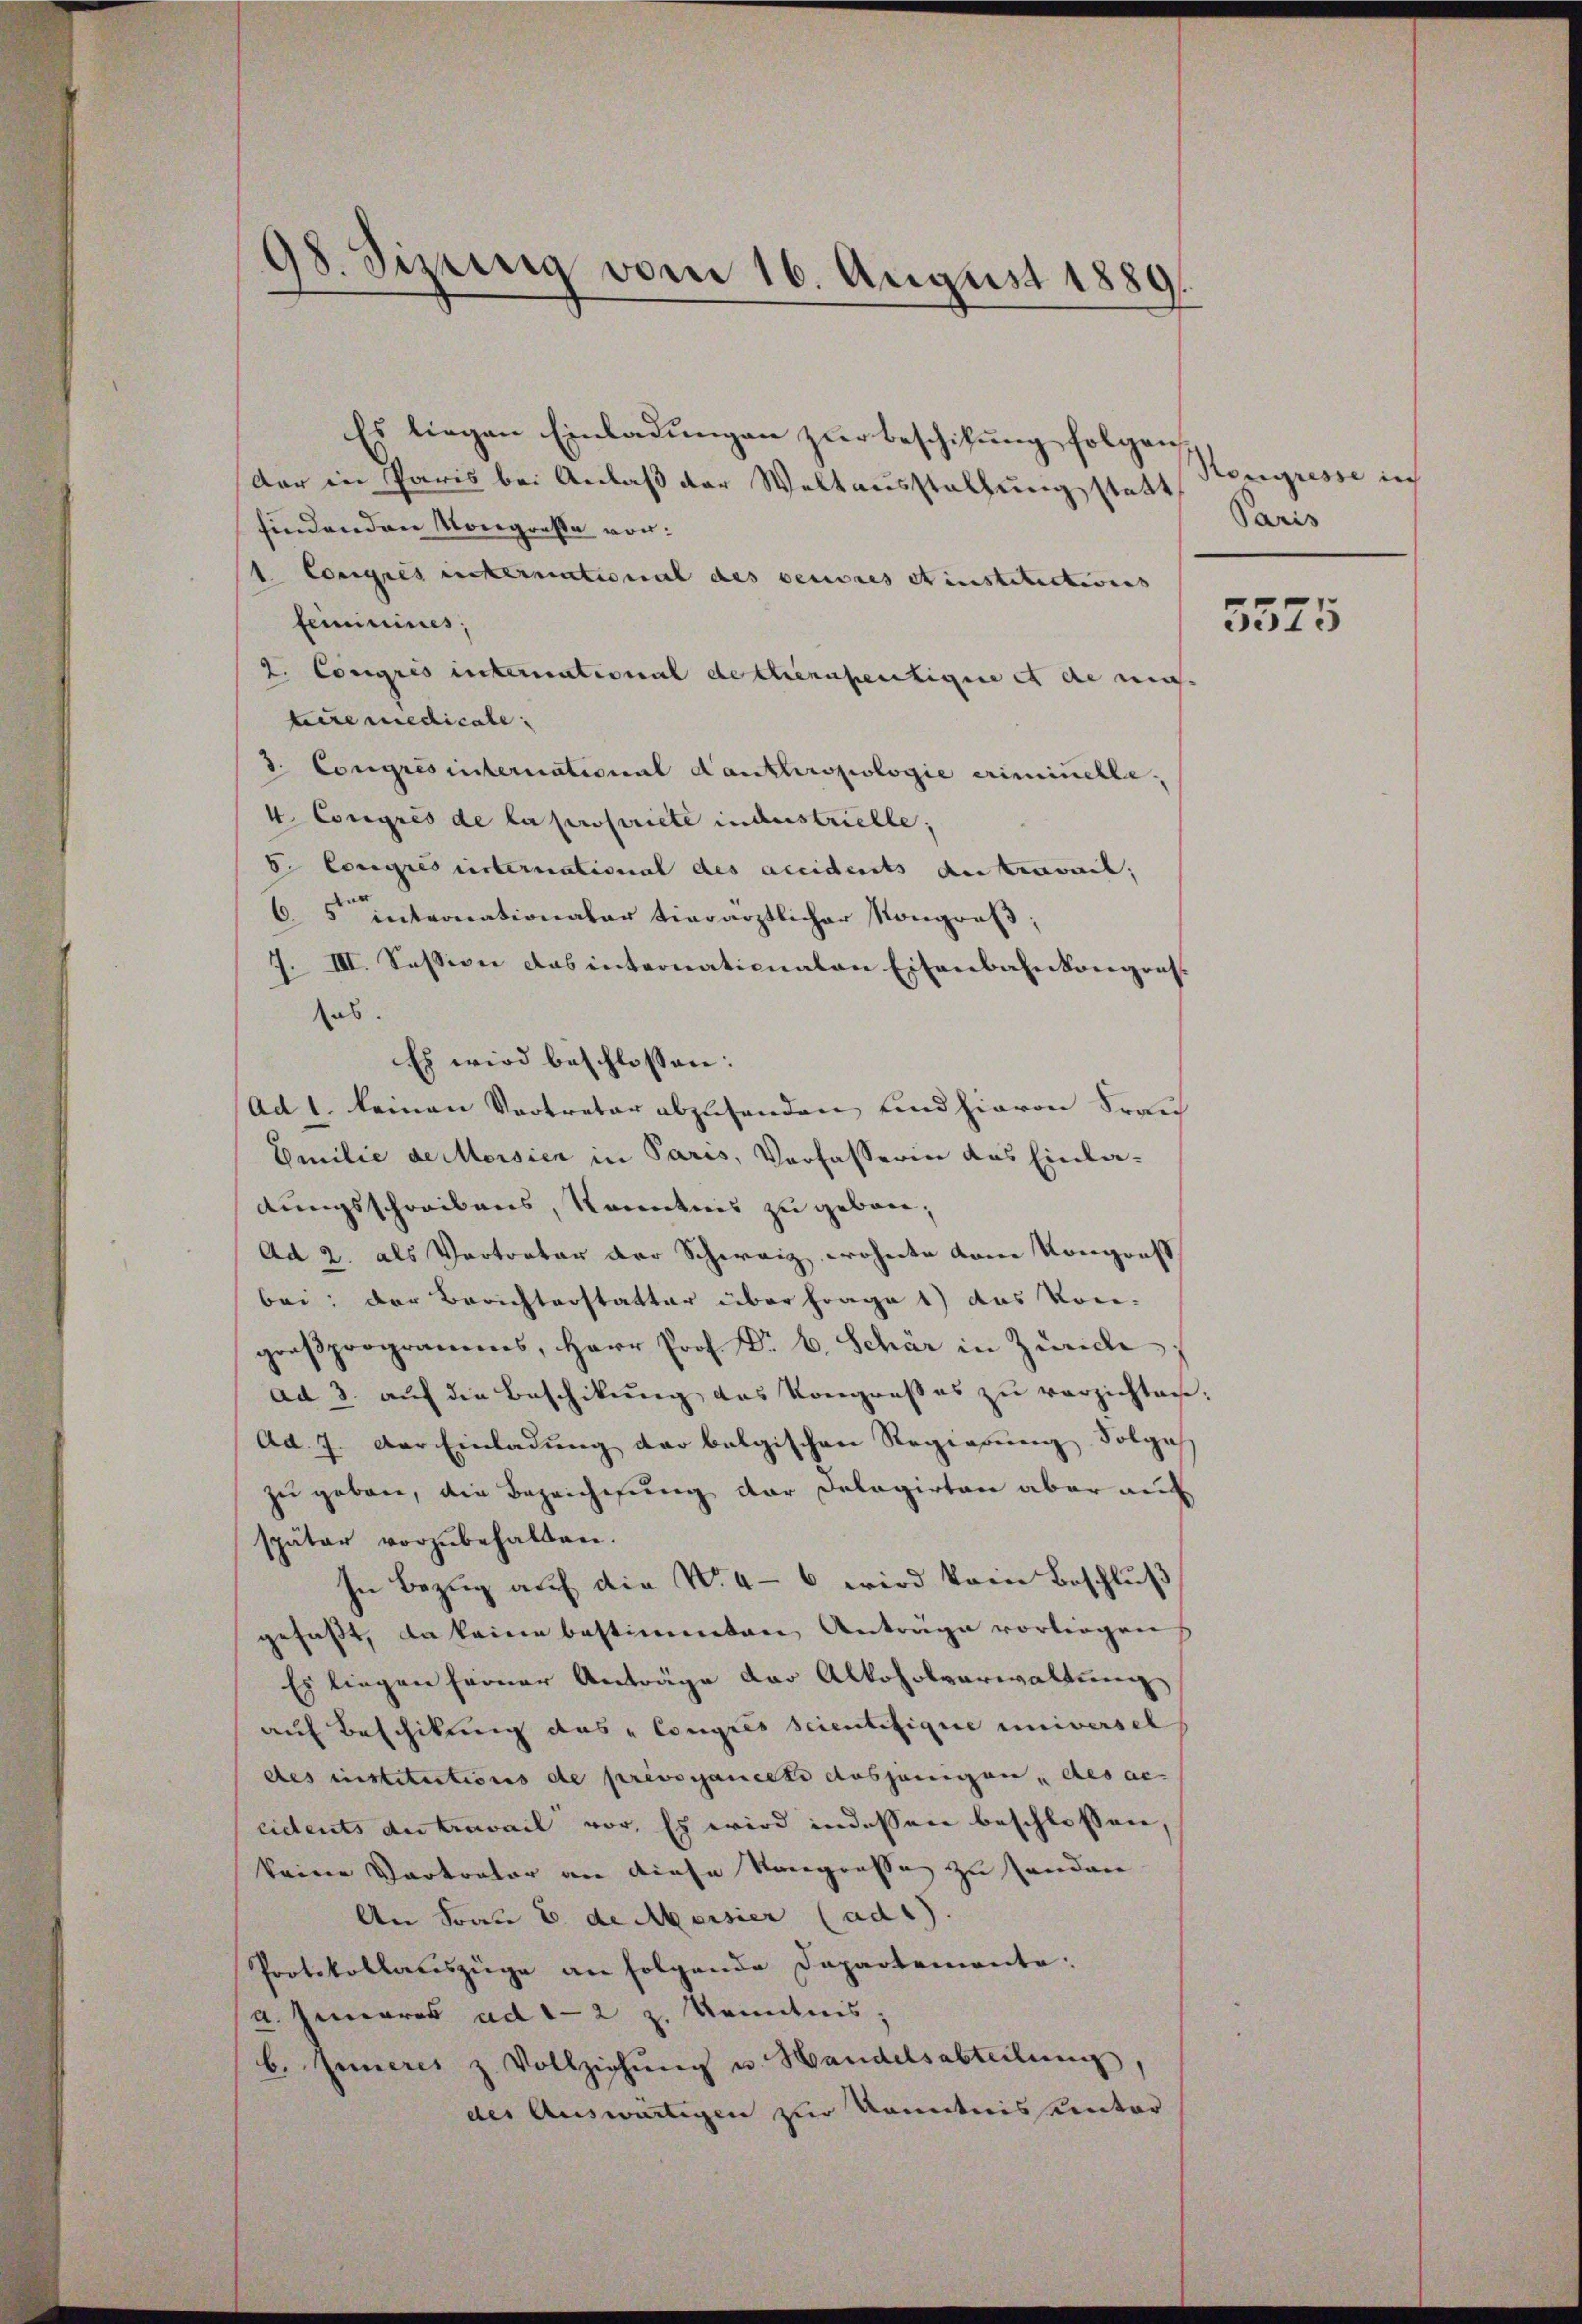
98. Sizung vom 16. August 1889.

Es liegen Einladungen zur Beschikung folgen
dar in Paris bei Anlaß der Weltausstellung statt
findenden Kongreße vor:
1. Corgnis untermational des verwies stinstitectives
feminires;
2. Congres international de chennfertige et de ma-
Liremedicale
d. Congres international Canthropologie erinichte,
4 Congres de la propriete industrielle;
b. Congres unternational des accidents Antravait;
65 internationaler tierärztlicher Kongreß;
1. III. Session das internationalen Eisenbahnkongres.
sab.
Es wird beschlossen:
Ad 1. keinen Vertreter abzusenden und hievon Frau
Emilie decorsien in Paris, Verfasserin das Einladungsschreibens, Kenntnis zu geben;
Ad 2. als Vertreter der Schweiz wohnte vom Kongruft
bei: der Berichterstatter über Frage 1) das Vor-
großprogramms, Herr Prof. N. B. Schär in Zürich
ad 3. auf die Beschikung das Kongroßes zu verzichten:
Ad. 7. Der Einladung der belgischen Regierung Folge
zu geben, die Bezeichnung der Dolagirten aber auf
später vorzŭbehalten.
In Bezug auf die N. 4-6 wird kein Beschluß
gefaßt, da keine bestimmten Anträge vorliegen
Es liegen seiner Anträge der Alkoholverwaltung
auf Beschikung des „Congres scientifigue universel
des einstitutions de prévocanelle dasjenigen, des ac
eidents der travail vor. Es wird indessen beschlossen,
keine Vertrator an diese Kongressa zu senden
An Frau E. de Meisier (ad1).
Protokollariszüge an folgende Dapartemente:
a. Inneres ad 1-2 z. Komitnis
b. Inneres z. Vollziehŭng u. Handelsabteilung,
der Auswärtigen zur Kenntnis unter

Kongresse in
Paris

5575